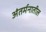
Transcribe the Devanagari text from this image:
अंतर्मनातील